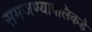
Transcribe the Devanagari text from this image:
समजण्यापलिकडे